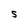
Character: S